Indian journal of veterinary science and animal husbandry - Volume 9,
Year: 1939
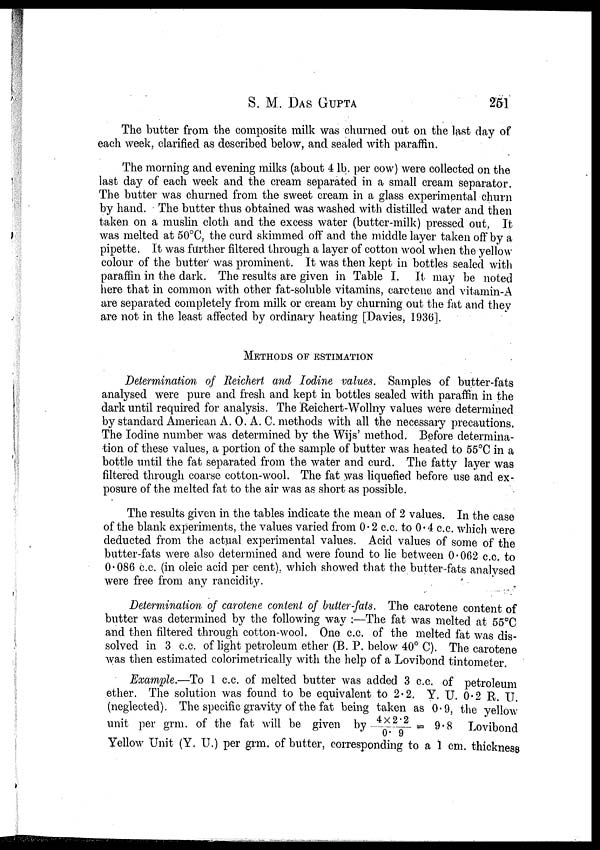
S. M. DAS GUPTA 251
The butter from the composite milk was churned out on the last day of
each week, clarified as described below, and sealed with paraffin.
The morning and evening milks (about 4 lb. per cow) were collected on the
last day of each week and the cream separated in a small cream separator.
The butter was churned from the sweet cream in a glass experimental churn
by hand. The butter thus obtained was washed with distilled water and then
taken on a muslin cloth and the excess water (butter-milk) pressed out, It-
was melted at 50°C, the curd skimmed off and the middle layer taken off by a
pipette. It was further filtered through a layer of cotton wool when the yellow
colour of the butter was prominent. It was then kept in bottles sealed with
paraffin in the dark. The results are given in Table I. It may be noted
here that in common with other fat-soluble vitamins, carotene and vitamin-A
are separated completely from milk or cream by churning out the fat and they
are not in the least affected by ordinary heating [Davies, 1936].
METHODS OF ESTIMATION
Determination of Reichert and Iodine values. Samples of butter-fats
analysed were pure and fresh and kept in bottles sealed with paraffin in the
dark until required for analysis. The Reichert-Wollny values were determined
by standard American A. O. A. C. methods with all the necessary precautions.
The Iodine number was determined by the Wijs' method. Before determina-
tion of these values, a portion of the sample of butter was heated to 55°C in a
bottle until the fat separated from the water and curd. The fatty layer was
filtered through coarse cotton-wool. The fat was liquefied before use and ex-
posure of the melted fat to the air was as short as possible.
The results given in the tables indicate the mean of 2 values. In the case
of the blank experiments, the values varied from 0.2 c.c. to 0.4 c.c. which were
deducted from the actual experimental values. Acid values of some of the
butter-fats were also determined and were found to lie between 0.062 c.c. to
0.086 c.c. (in oleic acid per cent), which showed that the butter-fats analysed
were free from any rancidity.
Determination of carotene content of butter-fats. The carotene content of
butter was determined by the following way :—The fat was melted at 55°C
and then filtered through cotton-wool. One c.c. of the melted fat was dis-
solved in 3 c.c. of light petroleum ether (B. P. below 40° C). The carotene
was then estimated colorimetrically with the help of a Lovibond tintometer.
Example.—To 1 c.c. of melted butter was added 3 c.c. of petroleum
ether. The solution was found to be equivalent to 2.2. Y. U. 0.2 R. U.
(neglected). The specific gravity of the fat being taken as 0.9, the yellow
unit per grm. of the fat will be given by 4 × 2.2 / 0.9 = 9.8 Lovibond
Yellow Unit (Y. U.) per grm. of butter, corresponding to a 1 cm. thickness